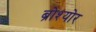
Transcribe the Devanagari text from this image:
ब्रोश्योर